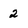
Character: 2